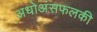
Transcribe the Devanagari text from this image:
अधोअंसफलकी